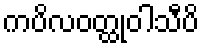
ကပိလဝတ္ထုဝါသီပိ